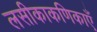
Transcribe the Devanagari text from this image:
लसीकाकणिकाएँ